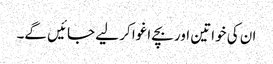
ان کی خواتین اور بچے اغوا کر لیے جائیں گے۔